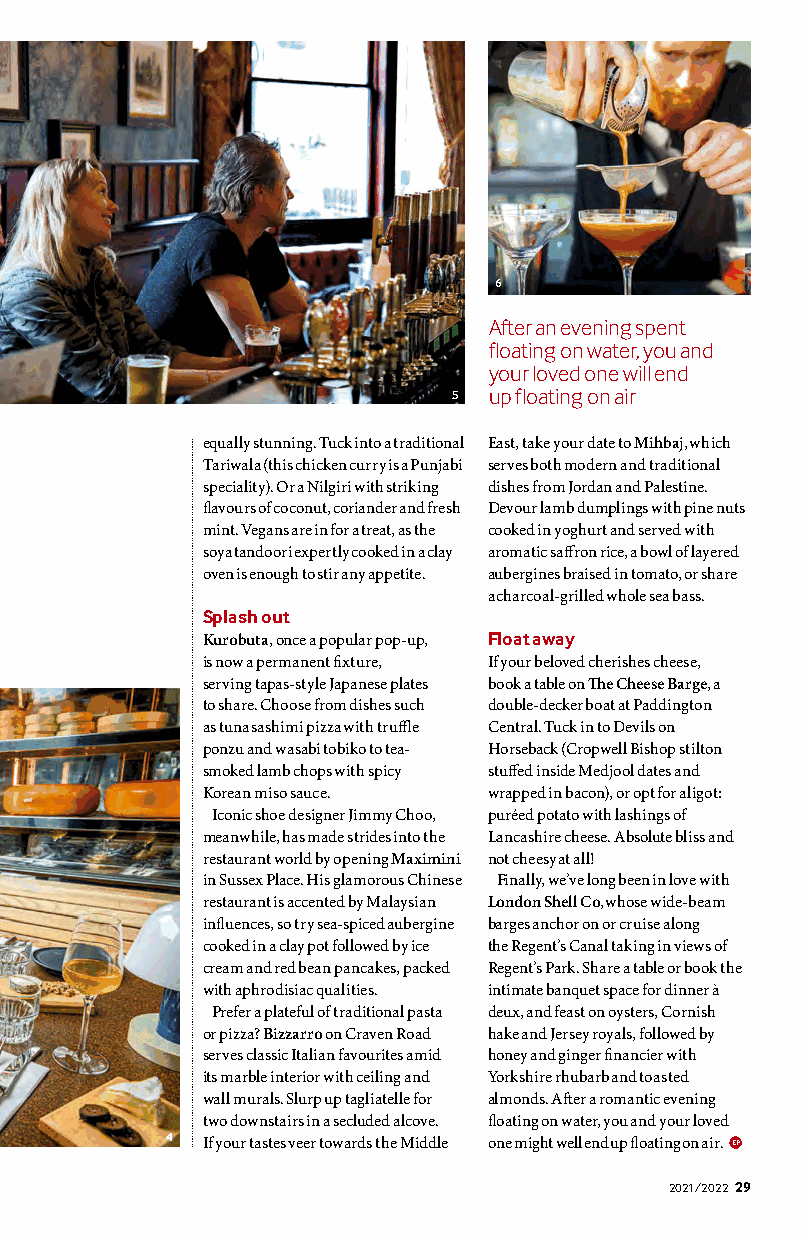
6
 After an evening spent
 floating on water, you and
 your loved one will end
 5  up floating on air
 equally stunning. Tuck into a traditional East, take your date to Mihbaj, which
 Tariwala (this chicken curry is a Punjabi serves both modern and traditional
 speciality). Or a Nilgiri with striking dishes from Jordan and Palestine.
 flavours of coconut, coriander and fresh Devour lamb dumplings with pine nuts
 mint. Vegans are in for a treat, as the cooked in yoghurt and served with
 soya tandoori expertly cooked in a clay aromatic saffron rice, a bowl of layered
 oven is enough to stir any appetite. aubergines braised in tomato, or share
 a charcoal-grilled whole sea bass.
 Splash out
 Kurobuta, once a popular pop-up, Float away
 is now a permanent fixture, If your beloved cherishes cheese,
 serving tapas-style Japanese plates book a table on The Cheese Barge, a
 to share. Choose from dishes such double-decker boat at Paddington
 as tuna sashimi pizza with truffle Central. Tuck in to Devils on
 ponzu and wasabi tobiko to tea- Horseback (Cropwell Bishop stilton
 smoked lamb chops with spicy stuffed inside Medjool dates and
 Korean miso sauce. wrapped in bacon), or opt for aligot:
 Iconic shoe designer Jimmy Choo, puréed potato with lashings of
 meanwhile, has made strides into the Lancashire cheese. Absolute bliss and
 restaurant world by opening Maximini not cheesy at all!
 in Sussex Place. His glamorous Chinese Finally, we’ve long been in love with
 restaurant is accented by Malaysian London Shell Co, whose wide-beam
 influences, so try sea-spiced aubergine barges anchor on or cruise along
 cooked in a clay pot followed by ice the Regent’s Canal taking in views of
 cream and red bean pancakes, packed Regent’s Park. Share a table or book the
 with aphrodisiac qualities. intimate banquet space for dinner à
 Prefer a plateful of traditional pasta deux, and feast on oysters, Cornish
 or pizza? Bizzarro on Craven Road hake and Jersey royals, followed by
 serves classic Italian favourites amid honey and ginger financier with
 its marble interior with ceiling and Yorkshire rhubarb and toasted
 wall murals. Slurp up tagliatelle for almonds. After a romantic evening
 two downstairs in a secluded alcove. floating on water, you and your loved
 4  If your tastes veer towards the Middle one might well end up floating on air. EP
 2021/2022 2299
 egraB
 eseehC
 ehT
 ;llevraC
 nahtaN
 © kralykS
 ;airotciV
 ehT
 ©
 airotciV
 ehT
 ;gnaiL
 lraeP
 ©
 gnaiL
 lraeP
 .yrraP
 divaD
 ©
 amenic
 nI-taolF
 erianepO
 ;evargraH-yllirC
 ciN
 ©